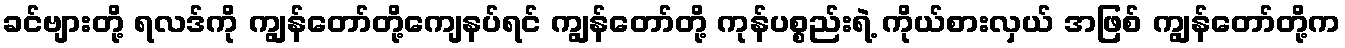
ခင်ဗျားတို့ ရလဒ်ကို ကျွန်တော်တို့ကျေနပ်ရင် ကျွန်တော်တို့ ကုန်ပစ္စည်းရဲ့ ကိုယ်စားလှယ် အဖြစ် ကျွန်တော်တို့က